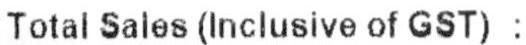
TOTAL SALES (INCLUSIVE OF GST) :